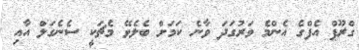
ގްރޫޕް އެފްގެ އެންމެ ވަރުގަދަ ވާނެ ކަމަށް ބެލެވޭ މެޗަކީ ސެނެގަލް އާއި